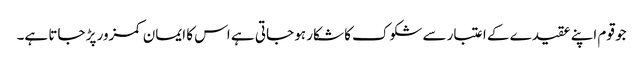
جو قوم اپنے عقیدے کے اعتبار سے شکوک کا شکار ہو جاتی ہے اس کا ایمان کمزور پڑ جاتا ہے۔